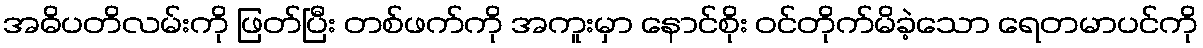
အဓိပတိလမ်းကို ဖြတ်ပြီး တစ်ဖက်ကို အကူးမှာ နောင်စိုး ဝင်တိုက်မိခဲ့သော ရေတမာပင်ကို